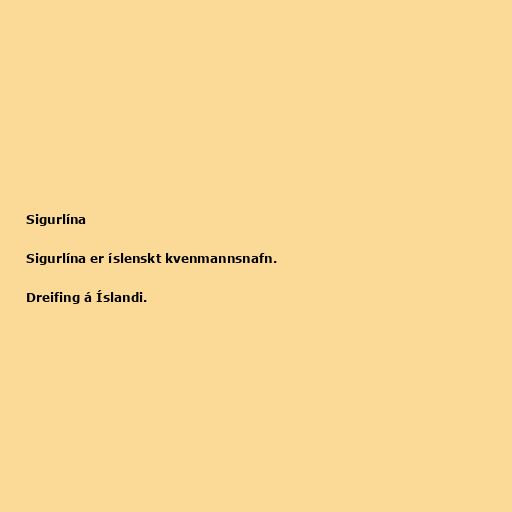
Sigurlína

Sigurlína er íslenskt kvenmannsnafn.

Dreifing á Íslandi.